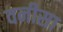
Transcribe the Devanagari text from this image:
वनीसा